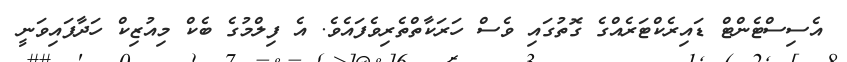
އެސިސްޓެންޓް ޑައިރެކްޓަރެއްގެ ގޮތުގައި ވެސް ހަރަކާތްތެރިވެފައެވެ. އެ ފިލްމުގެ ބެކް މިއުޒިކް ހަދާފައިވަނީ